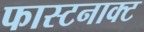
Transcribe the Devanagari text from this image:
फास्टनाक्ट